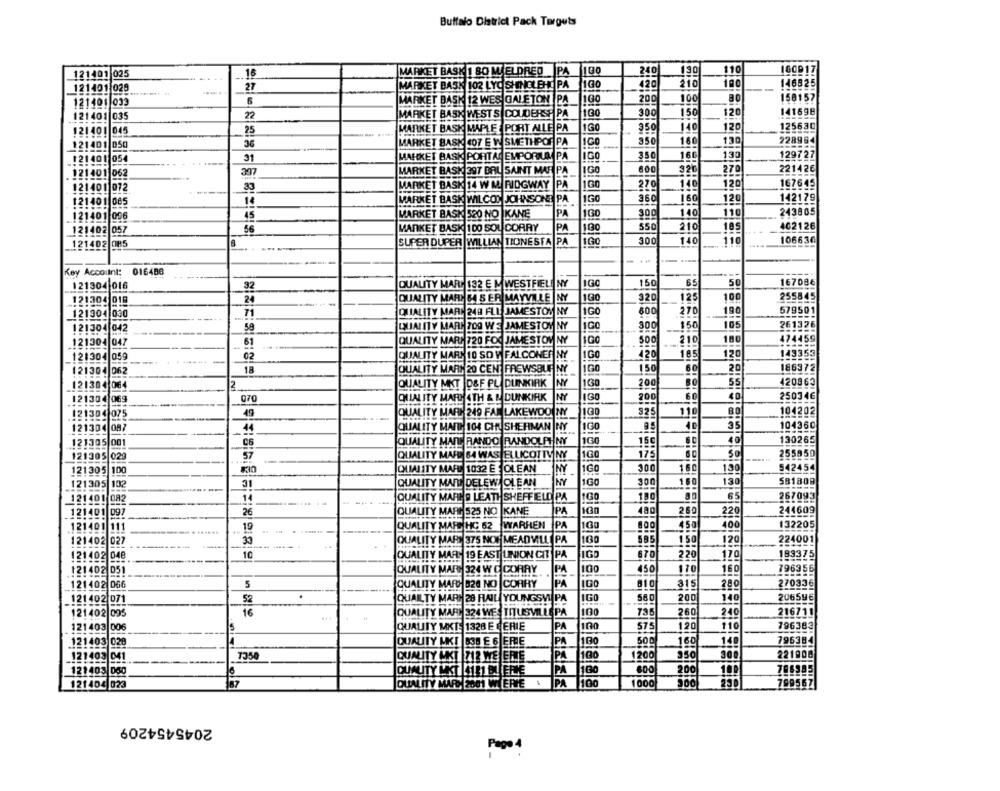
Buttalo District Pack Terguts
16
MARKET BASK 1 80 M ELDRED PA
240
130
110
160017
121401 025
121401 029
27
MARKET BASK 102 LYO SHINOLEHE PA
100
420
210
100
146825
121401 033
6
MARKET BASK 12 WES GALETON |PA
1GO
200
100
30
158157
100
120
141698
121401 035
22
MAR
BASK WEST S COUDERSH PA
300
150
1GO
140
120
125630
121 401 045
25
MARKET BASK MAPLE PORT ALLE PA
350
36
MARKET BASK 407 E W SMETHPOR PA
IGO
350
160
130
228964
121401 050
31
MARKET BASK PORTAL EMPORIUM PA
IGO
350
166
130
129722
121401 054
MAR
BASK 397 BAL SAINT MAR PA
1GO
600
326
270
221426
121401 062
100
120
167645
1214011072
--
33
MARKET BASK 14 W M RIDGWAY
PA
270
140
BASK WILCON JOHNSONE PA
IGO
360
160
120
142179
12140] ges
14
45
MAR
BASK
520 NO
KANE
PA
100
300
140
110
243805
121401 096
56
MANKET
BASK 100 SOL CORRY
PA
100
550
210
185
462126
121402 057
121402 OR5
SUPER DUPER
WILLIAN TIONESTA PA
IGC
300
140
110
106630
- .-
Key Account: 016486
121304 016
32
QUALITY MARC 132 E MWESTFIELD NY
IGC
150
65
50
167086
24
QUALITY MARD 54 S ER MAYVILLE NY
320
125
100
255845
121305 018
121904 030
71
QUALITY MARL 248 FLL JAMESTOY NY
1GO
600
270
190
579501
IGO
105
261326
121304 042
59
QUALITY MARE 700 WE JAMESTOM NY
300
150
QUALITY MARA720 FOO JAME STOV NY
IGO
500
210
180
474459
121304 047
-
61
121304 059
02
QUALITY MARS 10 SD V FALCONER NY
1GO
420
185
120
143353
--- -
121304 062
18
QUALITY MARS 20 CENT FREWSBUENY
100
150
60
20
186372
130
120863
121304 064
2
QUALITY MKT |D&F PL. DUNKIRK
200
55
250346
121304 069
070
QUALITY MARKATH & & DUNKIRK
200
60
49
1GO
$25
11
104202
121304 075
QUALITY MARK
249 FAR LAKEWOO NY
121304 087
QUALITY MATT 104 CHU SHERMAN NY
40
35
104360
44
121305 001
C6
QUALITY MARE
RANDO RANDOLA NY
100
15€
40
130265
121305 029
57
QUALITY MARD 64 WAS ELLICOTTY NY
175
50
255850
1GO
300
130
542454
121305
100
QUIALITY MAFUE 1032 E - OLEAN
NY
31
NY
100
300
130
581809
121305
102
QUALITY MANI DELEWHOLEAN
121401 082
14
QUALITY MARES LEATH SHEFFIELD PA
160
150
65
267093
121401
097
26
QUALITY MARE 525 NO |KANE
PA
480
260
220
244609
121401 111
19
QUALITY MART HC 62 WARHEN
PA
450
400
132205
1160
595
121402 027
33
QUALITY MARS 375 NON MEADVILL
PA
150
120
224001
10
QUALITY MARY 19 EAST UNION CET
PA
670
220
170
183375
121402 048.
121402 051
QUALITY MARG 324 W O CORRY
PA
100
450
170
160
796356
121402 066
5
QUALITY MARG B20 NO |CORRY
PA
810
315
280
270336
_121 402 071
52
QUAILTY MARS 28 RAIL YOUNGSVI PA
1G
560
200
140
206596
100
121402 095
16
QUALITY MARD 324 WE TITUSVILLEPA
735
260
240
216711
PA
120
110
196383
121403 006
QUALITY MKT: 1328 E FERIE
575
QUALITY MKT 838 E 6 ERIE
PA
500
140
796384
121403 028
100
160
7350
QUALITY MKT 712 WE ERIE
PA
1200
$50
300
221908
121403 041
121405 050
QUALITY MKT |4141 DL ERE
PA
100
200
706985
121404 023
87
QUALITY MARS 2001 WIERIE :
PA
100
1000
500
799567
2045454209
Page 4